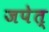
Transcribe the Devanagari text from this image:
जपेत्